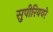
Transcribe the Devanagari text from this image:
सुपीरिययरे